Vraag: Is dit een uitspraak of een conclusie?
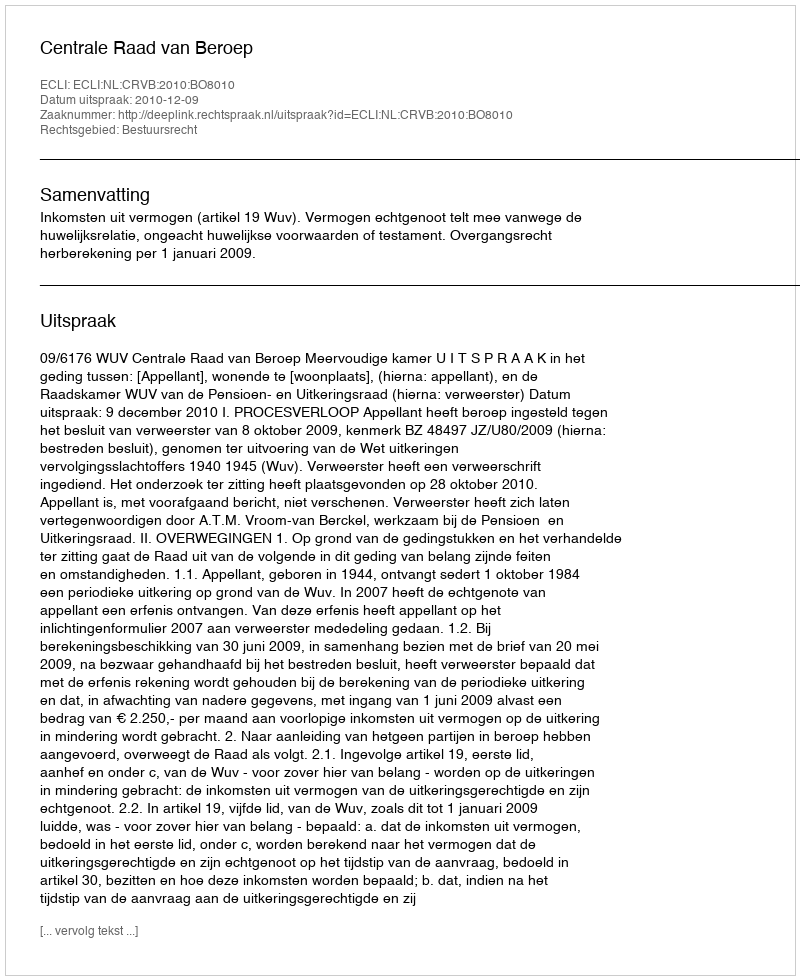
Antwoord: Uitspraak